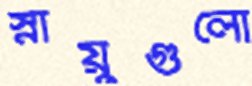
স্নায়ুগুলো